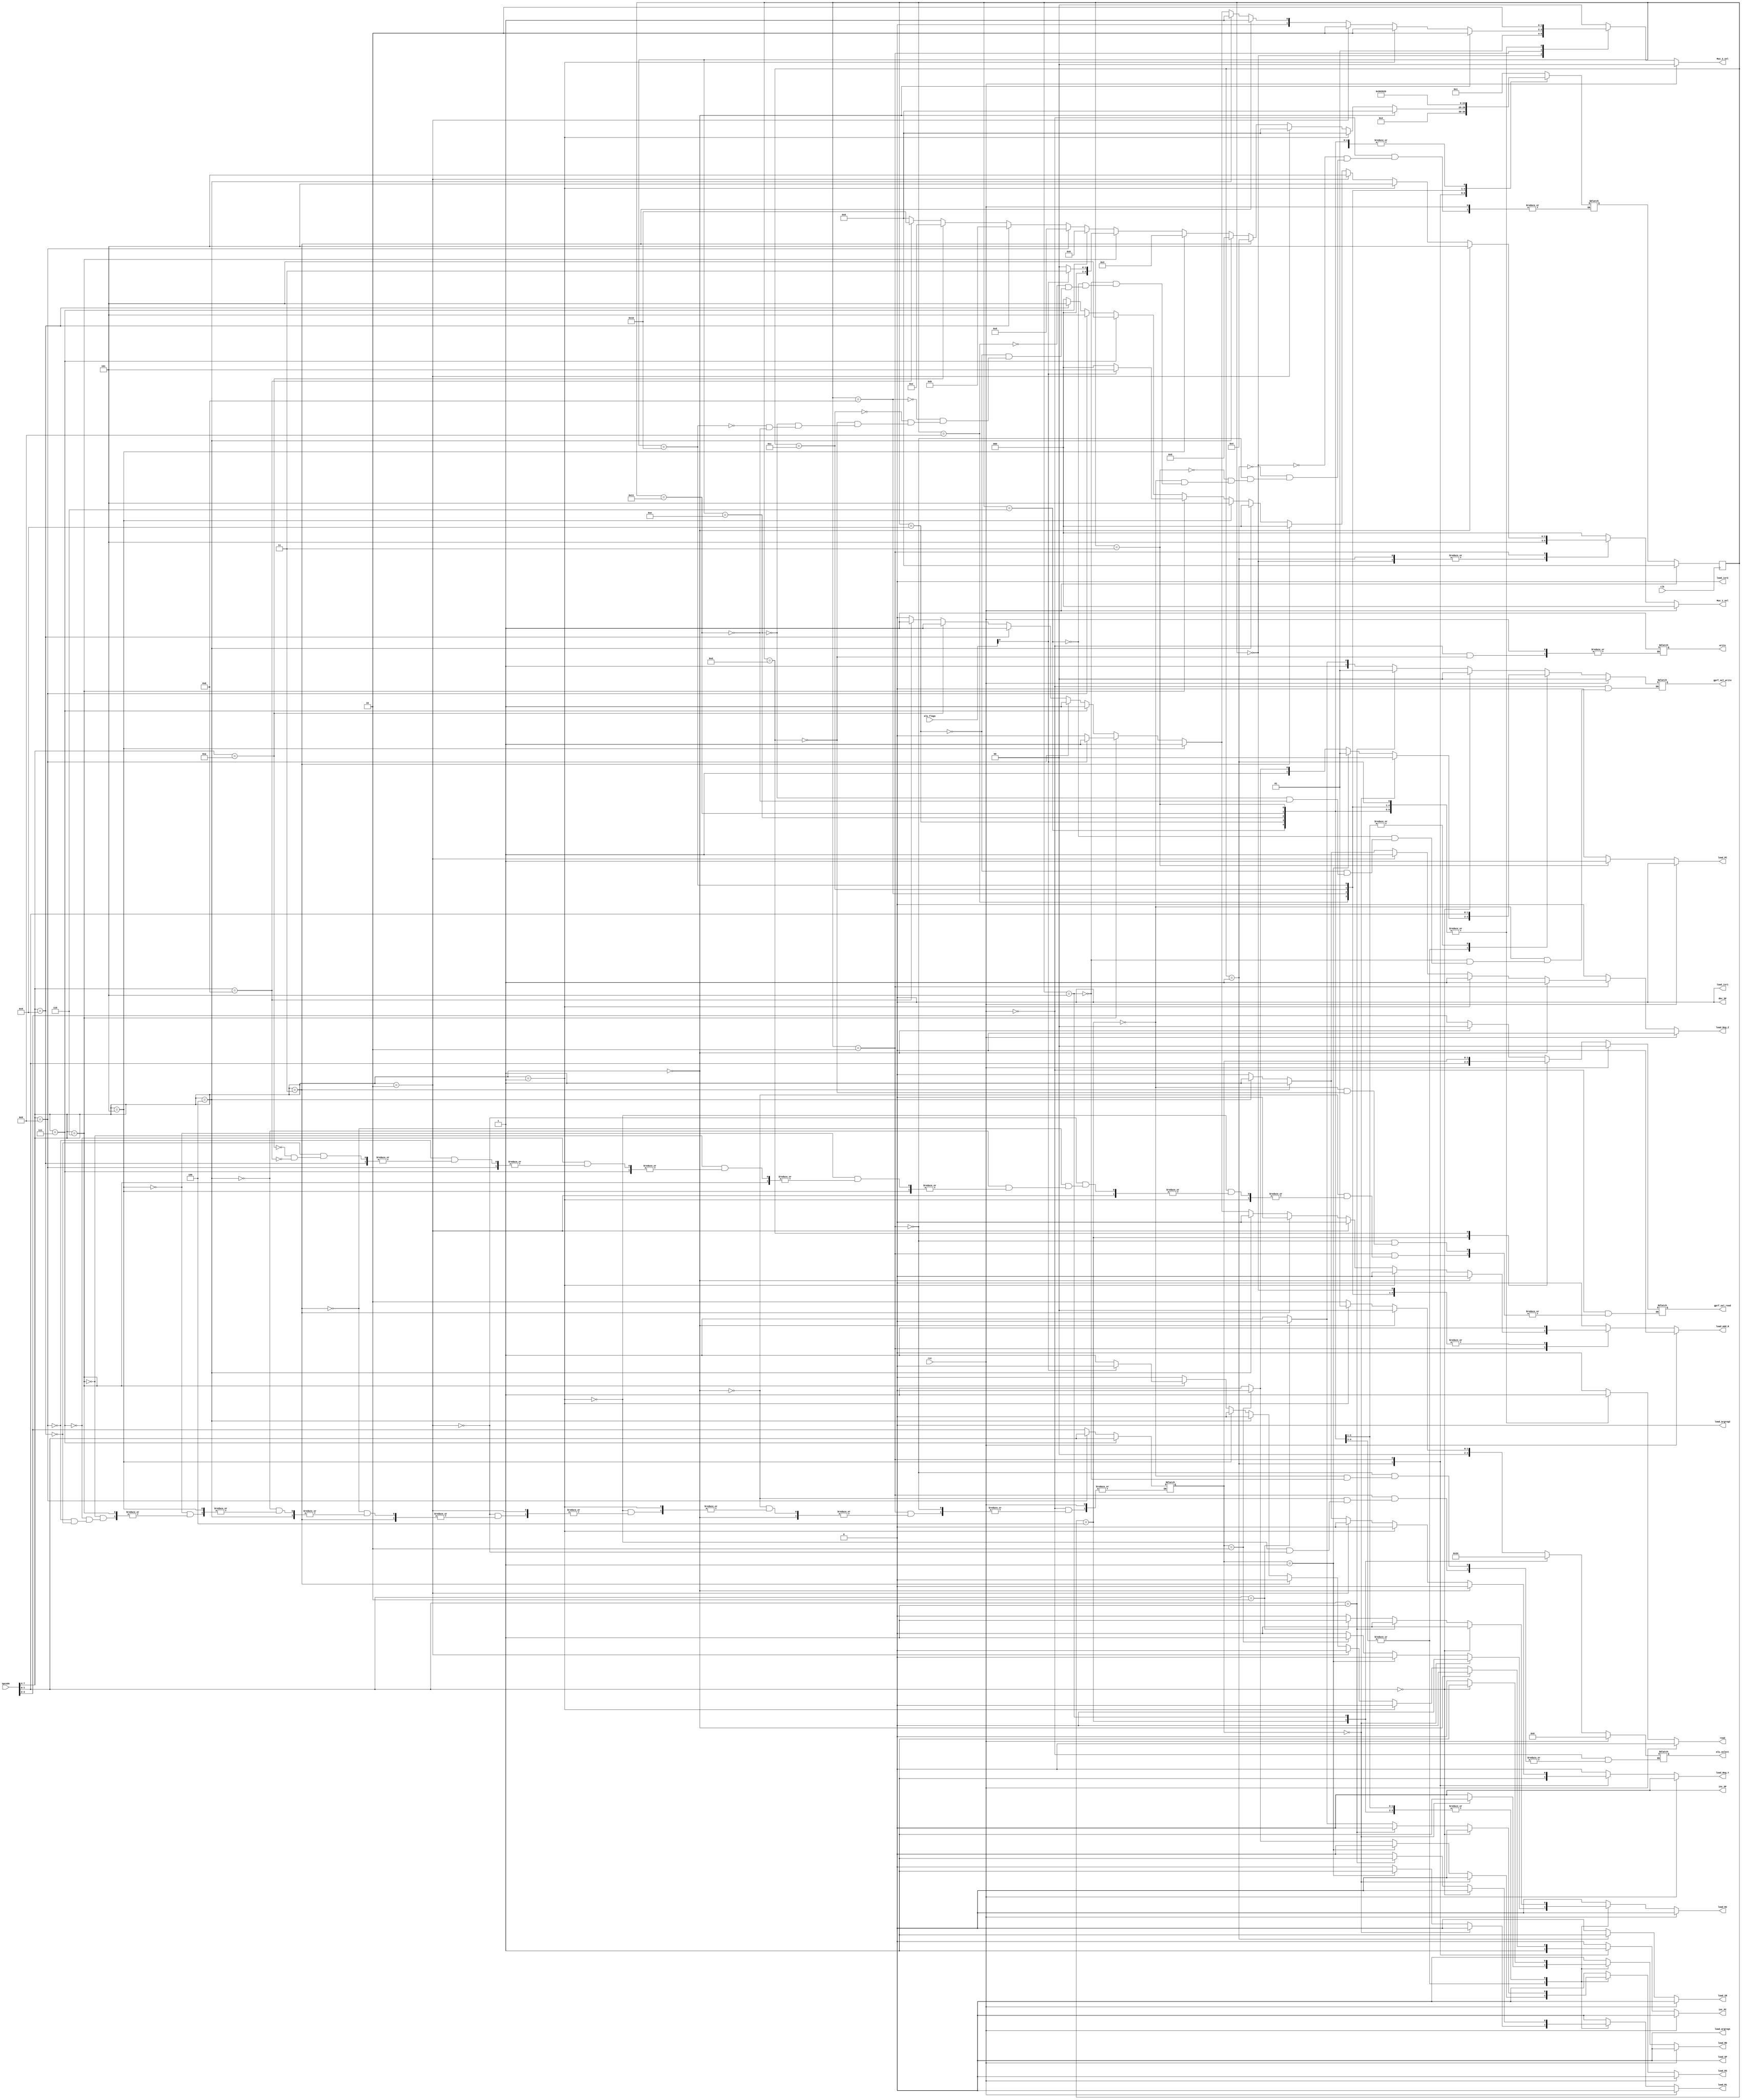
`timescale 1ns / 1ps
//////////////////////////////////////////////////////////////////////////////////
// Company: 
// Engineer: 
// 
// Design Name: 
// Module Name:    Control_Unit 
// Project Name: 
// Target Devices: 
// Tool versions: 
// Description: 
//
// Dependencies: 
//
// Revision: 
// Revision 0.01 - File Created
// Additional Comments: 
//
//////////////////////////////////////////////////////////////////////////////////
module cu2(
				output reg load_R0,
				output reg load_R1,
				output reg load_R2,
				output reg load_R3,
				output reg inc_PC,
				output reg load_PC,
				output reg load_Add_R,
				output reg load_Reg_Y,
				output reg load_Reg_Z,
				output reg load_IR,
				output reg [3:0]alu_select,
				output reg [2:0]Mux_1_sel,
				output reg [1:0]Mux_2_sel,
				output reg read,
				output reg write,
				output reg [1:0]gprf_sel_read,
				output reg [1:0]gprf_sel_write,
				output reg load_isr1,
				output reg load_isr2,
				output reg load_argreg1,
				output reg load_argreg2,
				output reg inc_SP,
				output reg dec_SP,
				output reg load_SP,
				input rst,
				input clk,
				input [7:0]opcode,
				input [7:0]alu_flags
    );

parameter fetch1 =5'd0;
parameter fetch2 =5'd1;

parameter execute1 =5'd2;

parameter cbr=5'd3;

parameter AND=5'd4;

parameter NOT=5'd5;

parameter rdm=5'd6;
parameter rdm1=5'd7;

parameter ridm=5'd8;
parameter ridm1=5'd9;
parameter ridm2=5'd10;

parameter widm=5'd11;
parameter widm1=5'd12;
parameter widm2=5'd13;

parameter rdr=5'd14;
parameter rdr1=5'd15;

parameter ridr=5'd16;
parameter ridr1=5'd17;
parameter ridr2=5'd18;

reg[4:0]pstate,nstate;
reg [1:0]reg_sel;

always@(posedge clk)
	begin
		if(rst)
			pstate<=fetch1;
		else
			pstate<=nstate;
	end

always@(*)
	begin
			if(rst)
				begin
				  load_R0<=0;
				  load_R1<=0;
				  load_R2<=0;
				  load_R3<=0;
				  inc_PC<=0;
				  load_PC<=0;
				  load_Add_R<=0;
				  load_Reg_Y<=0;
				  load_Reg_Z<=0;
				  load_IR<=0;
				  alu_select<=0;
				  Mux_1_sel<=0;
				  Mux_2_sel<=0;
				  read<=0;
				  gprf_sel_read<=0;
				  gprf_sel_write<=0;
				  load_isr1<=0;
				  load_isr2<=0;
				  load_argreg1<=0;
				  load_argreg2<=0;
			     inc_SP<=0;
			 	  dec_SP<=0;
			     load_SP<=0;
								
				end

			else
					begin

					  load_R0<=0;
					  load_R1<=0;
					  load_R2<=0;
					  load_R3<=0;
					  inc_PC<=0;
					  load_PC<=0;
					  load_Add_R<=0;
					  load_Reg_Y<=0;
					  load_Reg_Z<=0;
					  load_IR<=0;  
					  Mux_1_sel<=0;
					  Mux_2_sel<=0;
					  read<=0;
					  load_isr1<=0;
					  load_isr2<=0;
					  load_argreg1<=0;
					  load_argreg2<=0;
					  inc_SP<=0;
					  dec_SP<=0;
					  load_SP<=0;
						
						case(pstate)
						
										fetch1:
											begin
												nstate<=fetch2;
												Mux_1_sel <= 3'd5;
												Mux_2_sel <= 2'd1;
												load_Add_R <= 1;
											end
										
										fetch2:
											begin
												nstate<=execute1;
												inc_PC<=1;
												read<=1;
												load_IR <= 1;	
												Mux_1_sel <= 3'd5;
												Mux_2_sel <= 2'd2;
												load_Reg_Y<=1;
												
											end
										
										execute1:
											begin
												if(opcode[7:4]==4'd0)
													begin
														alu_select<=3'd0;
														gprf_sel_read<=2'd0;
														
														Mux_1_sel <= 3'd5;
														Mux_2_sel <= 2'd2;
														load_Reg_Z<=1;
														nstate<=	fetch1;
													end
													
												else if(opcode[7:4]==4'd1)
													begin
														alu_select<=3'd1;
														Mux_1_sel <= 3'd5;
														Mux_2_sel <= 2'd2;
														load_Reg_Z<=1;
														nstate<=	fetch1;
													end

												else if(opcode[7:4]==4'd2)
													begin
														alu_select<=3'd2;
														Mux_1_sel <= 3'd5;
														Mux_2_sel <= 2'd2;
														load_Reg_Z<=1;
														nstate<=	fetch1;
													end

												else if(opcode[7:4]==4'd3)
													begin
														gprf_sel_read<=opcode[3:2];
														Mux_1_sel <= 3'd0;
														Mux_2_sel <= 2'd1;
														load_Reg_Y <= 1;
														load_Reg_Z<=1;
														nstate<=	AND;
													end
						
												
												else if(opcode[7:4]==4'd4)
													begin
														gprf_sel_read<=opcode[3:2];
														Mux_1_sel <= 3'd0;
														Mux_2_sel <= 2'd1;
														load_Reg_Y <= 1;
														load_Reg_Z<=1;

														nstate<=	NOT;
													end
												
												else if(opcode[7:4]==4'd5)
													begin
																Mux_1_sel <= 3'd5;
																Mux_2_sel <= 2'd1;
																load_Add_R <= 1;
																nstate<=cbr;
													end
													
												else if(opcode[7:4]==4'd6)
													begin
														if(alu_flags[0]==1)
															begin
																Mux_1_sel <= 3'd5;
																Mux_2_sel <= 2'd1;
																load_Add_R <= 1;
																nstate<=cbr;
															end
														else
															begin
																inc_PC<=1;
																nstate<=fetch1;
															end
													end
								
												else if(opcode[7:4]==4'd7)
													begin
																reg_sel<=opcode[1:0];
																Mux_1_sel <= 3'd5;
																Mux_2_sel <= 2'd1;
																load_Add_R <= 1;		
																nstate<=rdm;
													end
								
												else if(opcode[7:4]==4'd8)
													begin
																reg_sel<=opcode[1:0];
																Mux_1_sel <= 3'd5;
																Mux_2_sel <= 2'd1;
																load_Add_R <= 1;
																nstate<=ridm;
													end
																
												else if(opcode[7:4]==4'd9)
													begin
																reg_sel<=opcode[3:2];
																Mux_1_sel <= 3'd5;
																Mux_2_sel <= 2'd1;
																load_Add_R <= 1;
																nstate<=widm;
													end
												
												else if(opcode[7:4]==4'd10)
													begin
																gprf_sel_read<=opcode[3:2];
																Mux_1_sel <= 3'd0;
																Mux_2_sel <= 2'd1;
																load_Add_R <= 1;
																nstate<=rdr;
													end
													
												else if(opcode[7:4]==4'd11)
													begin
																gprf_sel_read<=opcode[3:2];
																Mux_1_sel <= 3'd0;
																Mux_2_sel <= 2'd1;
																load_Add_R <= 1;
																nstate<=ridr;
													end
													
												else
													nstate<=fetch1;	
											end
												
										 cbr:
											begin
												read<=1;
												Mux_2_sel<=2'd2;
												load_PC<=1;
												nstate<=fetch1;
											end
										
										 AND:
											begin
												gprf_sel_read<=opcode[1:0];
												Mux_1_sel <= 3'd0;
												alu_select<= 3'd3;
												Mux_2_sel <= 2'd0;
												if(opcode[1:0]==2'd0)
												begin
													 gprf_sel_write<=2'd0;
													 load_R0<=1;
												end
												else if(opcode[1:0]==2'd1)
												begin
													 gprf_sel_write<=2'd1;
													 load_R1<=1;
												end
												else if(opcode[1:0]==2'd2)
												begin
													 gprf_sel_write<=2'd2;
													 load_R2<=1;
												end
												else
												begin
													 gprf_sel_write<=2'd3;
													 load_R3<=1;
												end
												nstate<=fetch1;	
											
											end
											
										 NOT:
											begin
												alu_select<= 3'd4;
												Mux_2_sel <= 2'd0;
												if(opcode[1:0]==2'd0)
												begin
													 gprf_sel_write<=2'd0;
													 load_R0<=1;
												end
												else if(opcode[1:0]==2'd1)
												begin
													 gprf_sel_write<=2'd1;
													 load_R1<=1;
												end
												else if(opcode[1:0]==2'd2)
												begin
													 gprf_sel_write<=2'd2;
													 load_R2<=1;
												end
												else
												begin
													 gprf_sel_write<=2'd3;
													 load_R3<=1;
												end
												nstate<=fetch1;	
											end
										 	
										 rdm:
											begin
												read<=1;
												Mux_2_sel <= 2'd2;	
												if(reg_sel==2'd0)
												begin
													 gprf_sel_write<=2'd0;
													 load_R0<=1;
												end
												else if(reg_sel==2'd1)
												begin
													 gprf_sel_write<=2'd1;
													 load_R1<=1;
												end
												else if(reg_sel==2'd2)
												begin
													 gprf_sel_write<=2'd2;
													 load_R2<=1;
												end
												else
												begin
													 gprf_sel_write<=2'd3;
													 load_R3<=1;
												end
												nstate<=fetch1;	
											end
										
										 ridm:
											begin
												read<=1;
												Mux_2_sel<=2'd2;
												load_Add_R<=1;
												nstate<=ridm1;
											end
											
										
										ridm1:
											begin
												read<=1;
												Mux_2_sel <= 2'd2;
												if(reg_sel==2'd0)
												begin
													 gprf_sel_write<=2'd0;
													 load_R0<=1;
												end
												else if(reg_sel==2'd1)
												begin
													 gprf_sel_write<=2'd1;
													 load_R1<=1;
												end
												else if(reg_sel==2'd2)
												begin
													 gprf_sel_write<=2'd2;
													 load_R2<=1;
												end
												else
												begin
													 gprf_sel_write<=2'd3;
													 load_R3<=1;
												end
												nstate<=fetch1;	
											end
											
										widm:
											begin
												read<=1;
												Mux_2_sel<=2'd2;
												load_Add_R<=1;
												nstate<=widm1;
											end
										
										widm1:
											begin
												read<=1;
												Mux_2_sel <= 2'd2;						
												load_Add_R<=1;
												nstate<=widm2;
											end
										
										widm2:
											begin
												write<=1;
												gprf_sel_read<=reg_sel;
												Mux_1_sel<=3'd0;
												nstate<=fetch1;	
											end
											
										 rdr:
											begin
												read<=1;
												Mux_2_sel <= 2'd2;						
												gprf_sel_write<=opcode[1:0];
												if(opcode[1:0]==2'd0)
													 load_R0<=1;
												else if(opcode[1:0]==2'd1)
													 load_R1<=1;
												else if(opcode[1:0]==2'd2)
													 load_R2<=1;
												else
													 load_R3<=1;
												nstate<=fetch1;	
											end
											
										 ridr:
											begin
												read<=1;
												Mux_2_sel<=2'd2;
												load_Add_R<=1;
												nstate<=ridr1;
											end
										
										ridr1:
											begin
												read<=1;
												Mux_2_sel <= 2'd2;						
												gprf_sel_write<=opcode[1:0];
												if(opcode[1:0]==2'd0)
													 load_R0<=1;
												else if(opcode[1:0]==2'd1)
													 load_R1<=1;
												else if(opcode[1:0]==2'd2)
													 load_R2<=1;
												else
													 load_R3<=1;
												nstate<=fetch1;	
											end
											
									endcase
					end
	end
endmodule